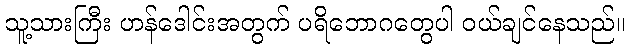
သူ့သားကြီး ဟန်ဒေါင်းအတွက် ပရိဘောဂတွေပါ ဝယ်ချင်နေသည်။